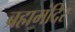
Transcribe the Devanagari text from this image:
ब्रह्ममंदिर